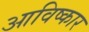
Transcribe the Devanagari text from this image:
आविष्‍कार